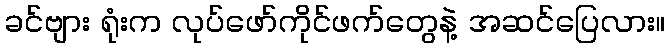
ခင်ဗျား ရုံးက လုပ်ဖော်ကိုင်ဖက်တွေနဲ့ အဆင်ပြေလား။